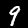
Label: 9